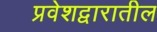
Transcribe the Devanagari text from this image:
प्रवेशद्वारातील